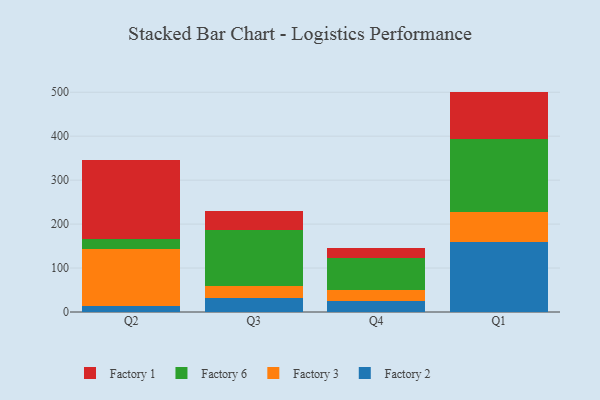
{"axis": {"x": "Quarter", "y": "Temperature (°C)"}, "legend": ["Factory 1", "Factory 2", "Factory 3", "Factory 6"], "data": [{"x": "Q2", "y": 13.2, "type": "Factory 2"}, {"x": "Q2", "y": 129.0, "type": "Factory 3"}, {"x": "Q2", "y": 24.3, "type": "Factory 6"}, {"x": "Q2", "y": 178.9, "type": "Factory 1"}, {"x": "Q3", "y": 32.1, "type": "Factory 2"}, {"x": "Q3", "y": 26.7, "type": "Factory 3"}, {"x": "Q3", "y": 127.8, "type": "Factory 6"}, {"x": "Q3", "y": 44.0, "type": "Factory 1"}, {"x": "Q4", "y": 26.1, "type": "Factory 2"}, {"x": "Q4", "y": 23.8, "type": "Factory 3"}, {"x": "Q4", "y": 72.6, "type": "Factory 6"}, {"x": "Q4", "y": 22.0, "type": "Factory 1"}, {"x": "Q1", "y": 159.8, "type": "Factory 2"}, {"x": "Q1", "y": 68.2, "type": "Factory 3"}, {"x": "Q1", "y": 166.0, "type": "Factory 6"}, {"x": "Q1", "y": 107.4, "type": "Factory 1"}]}